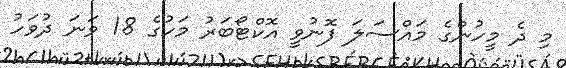
މި ދެ މީހުންގެ މައްސަލަ ފޮނުވީ އޮކްޓޯބަރު މަހުގެ 18 ވަނަ ދުވަހު